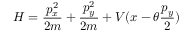
H = \frac { p _ { x } ^ { 2 } } { 2 m } + \frac { p _ { y } ^ { 2 } } { 2 m } + V ( x - \theta \frac { p _ { y } } { 2 } )